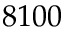
8 1 0 0